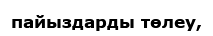
пайыздарды төлеу,